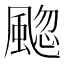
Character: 䬍